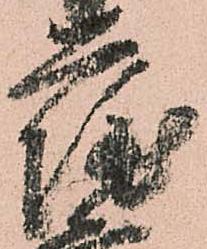
薩